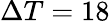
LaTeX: \Delta T=18